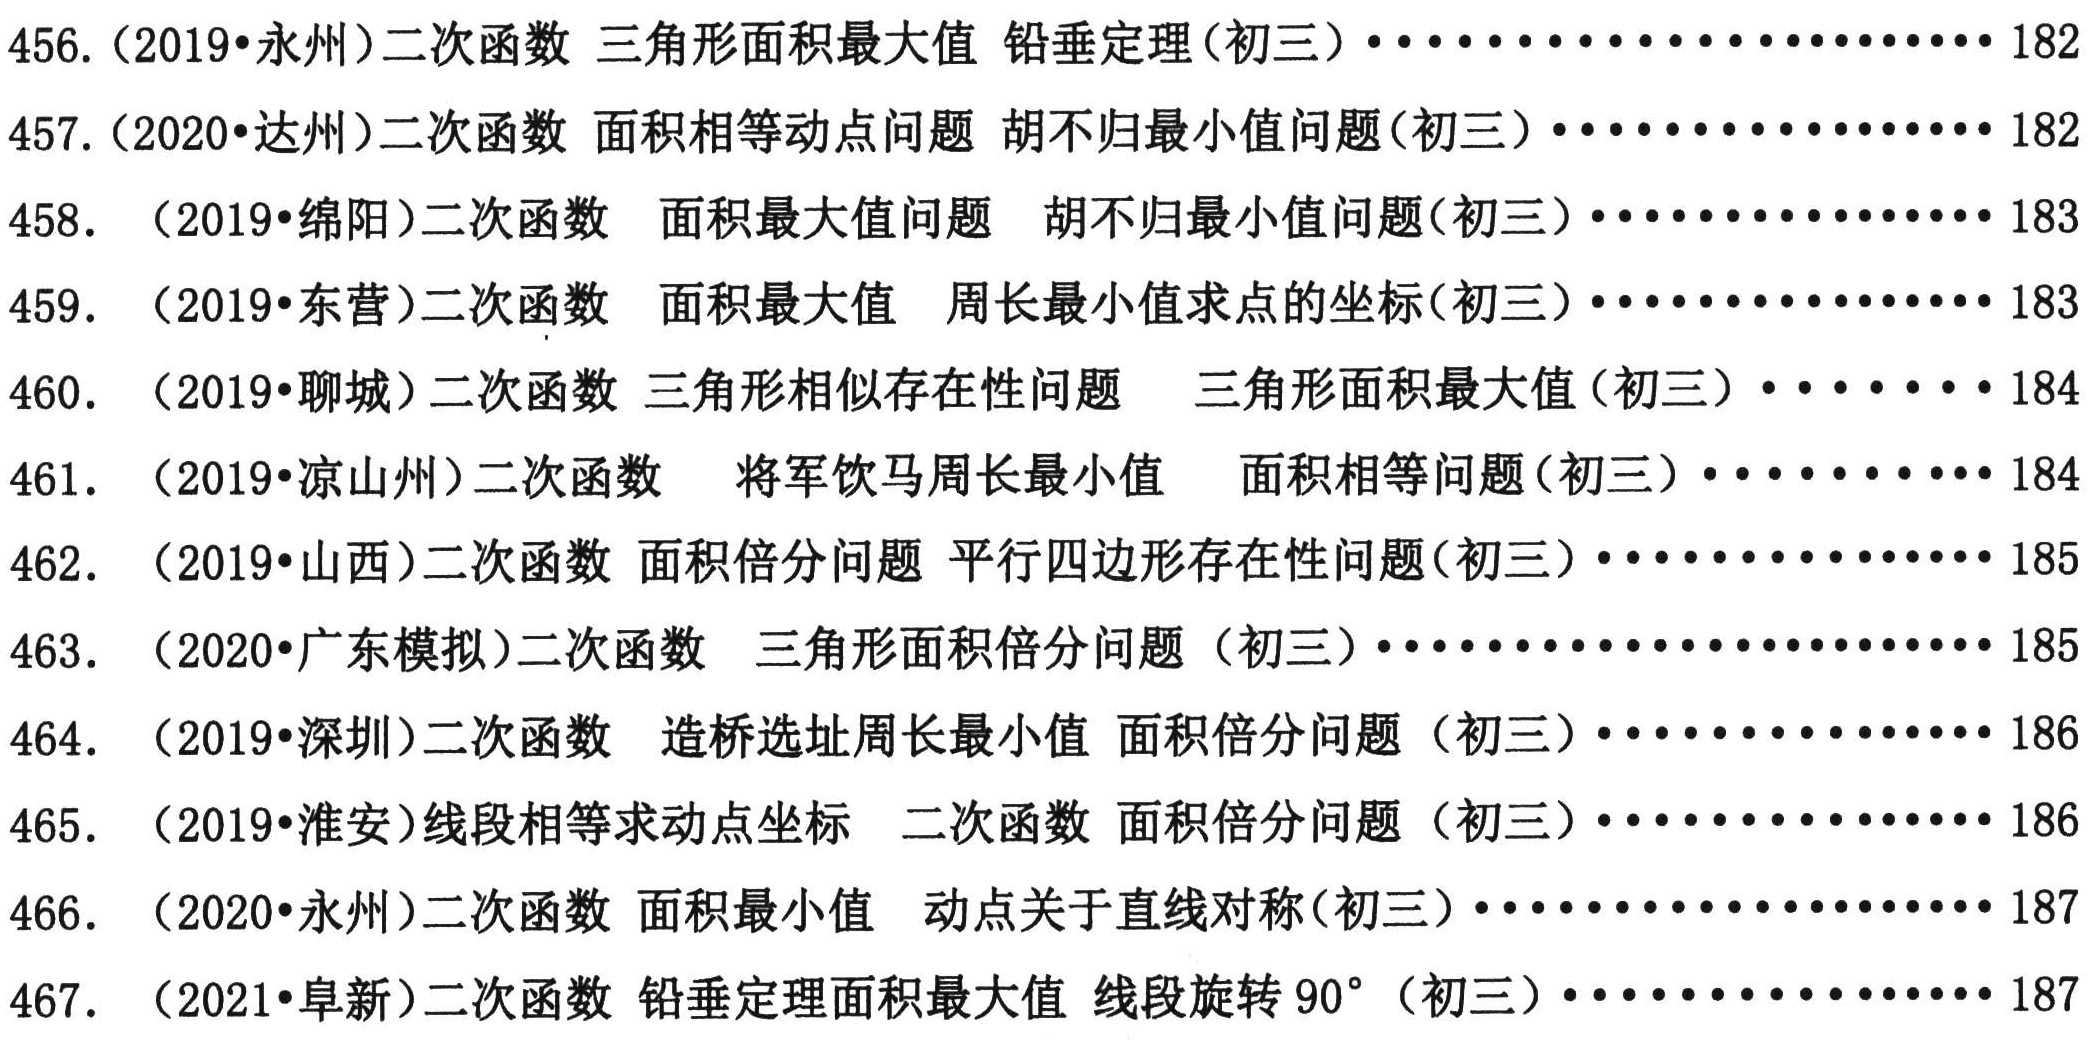
456. (2019•永州)二次函数 三角形面积最大值 铅垂定理(初三).................. 182
457. (2020•达州)二次函数 面积相等动点问题 胡不归最小值问题(初三).................. 182
458.  (2019•绵阳)二次函数  面积最大值问题  胡不归最小值问题(初三).................. 183
459. (2019•东营)二次函数  面积最大值  周长最小值求点的坐标(初三).................. 183
460. (2019•聊城)二次函数 三角形相似存在性问题   三角形面积最大值(初三) ........ 184
461. (2019•凉山州)二次函数   将军饮马周长最小值   面积相等问题(初三) ............ 184
462. (2019•山西)二次函数 面积倍分问题 平行四边形存在性问题(初三).................. 185
463.  (2020•广东模拟)二次函数  三角形面积倍分问题 (初三)......................... 185
464. (2019•深圳)二次函数  造桥选址周长最小值 面积倍分问题 (初三) .................. 186
465. (2019•淮安)线段相等求动点坐标  二次函数 面积倍分问题 (初三) .................. 186
466. (2020•永州)二次函数 面积最小值  动点关于直线对称(初三)...................... 187
467. (2021•阜新)二次函数 铅垂定理面积最大值 线段旋转\(90^{\circ}\) (初三) .................. 187